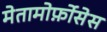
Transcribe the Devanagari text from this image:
मेतामोर्फ़ोसेस